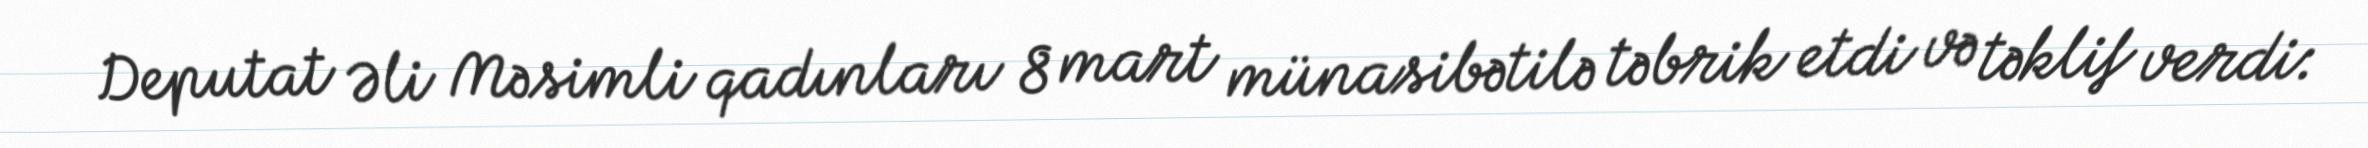
Deputat Əli Məsimli qadınları 8 mart münasibətilə təbrik etdi və təklif verdi: